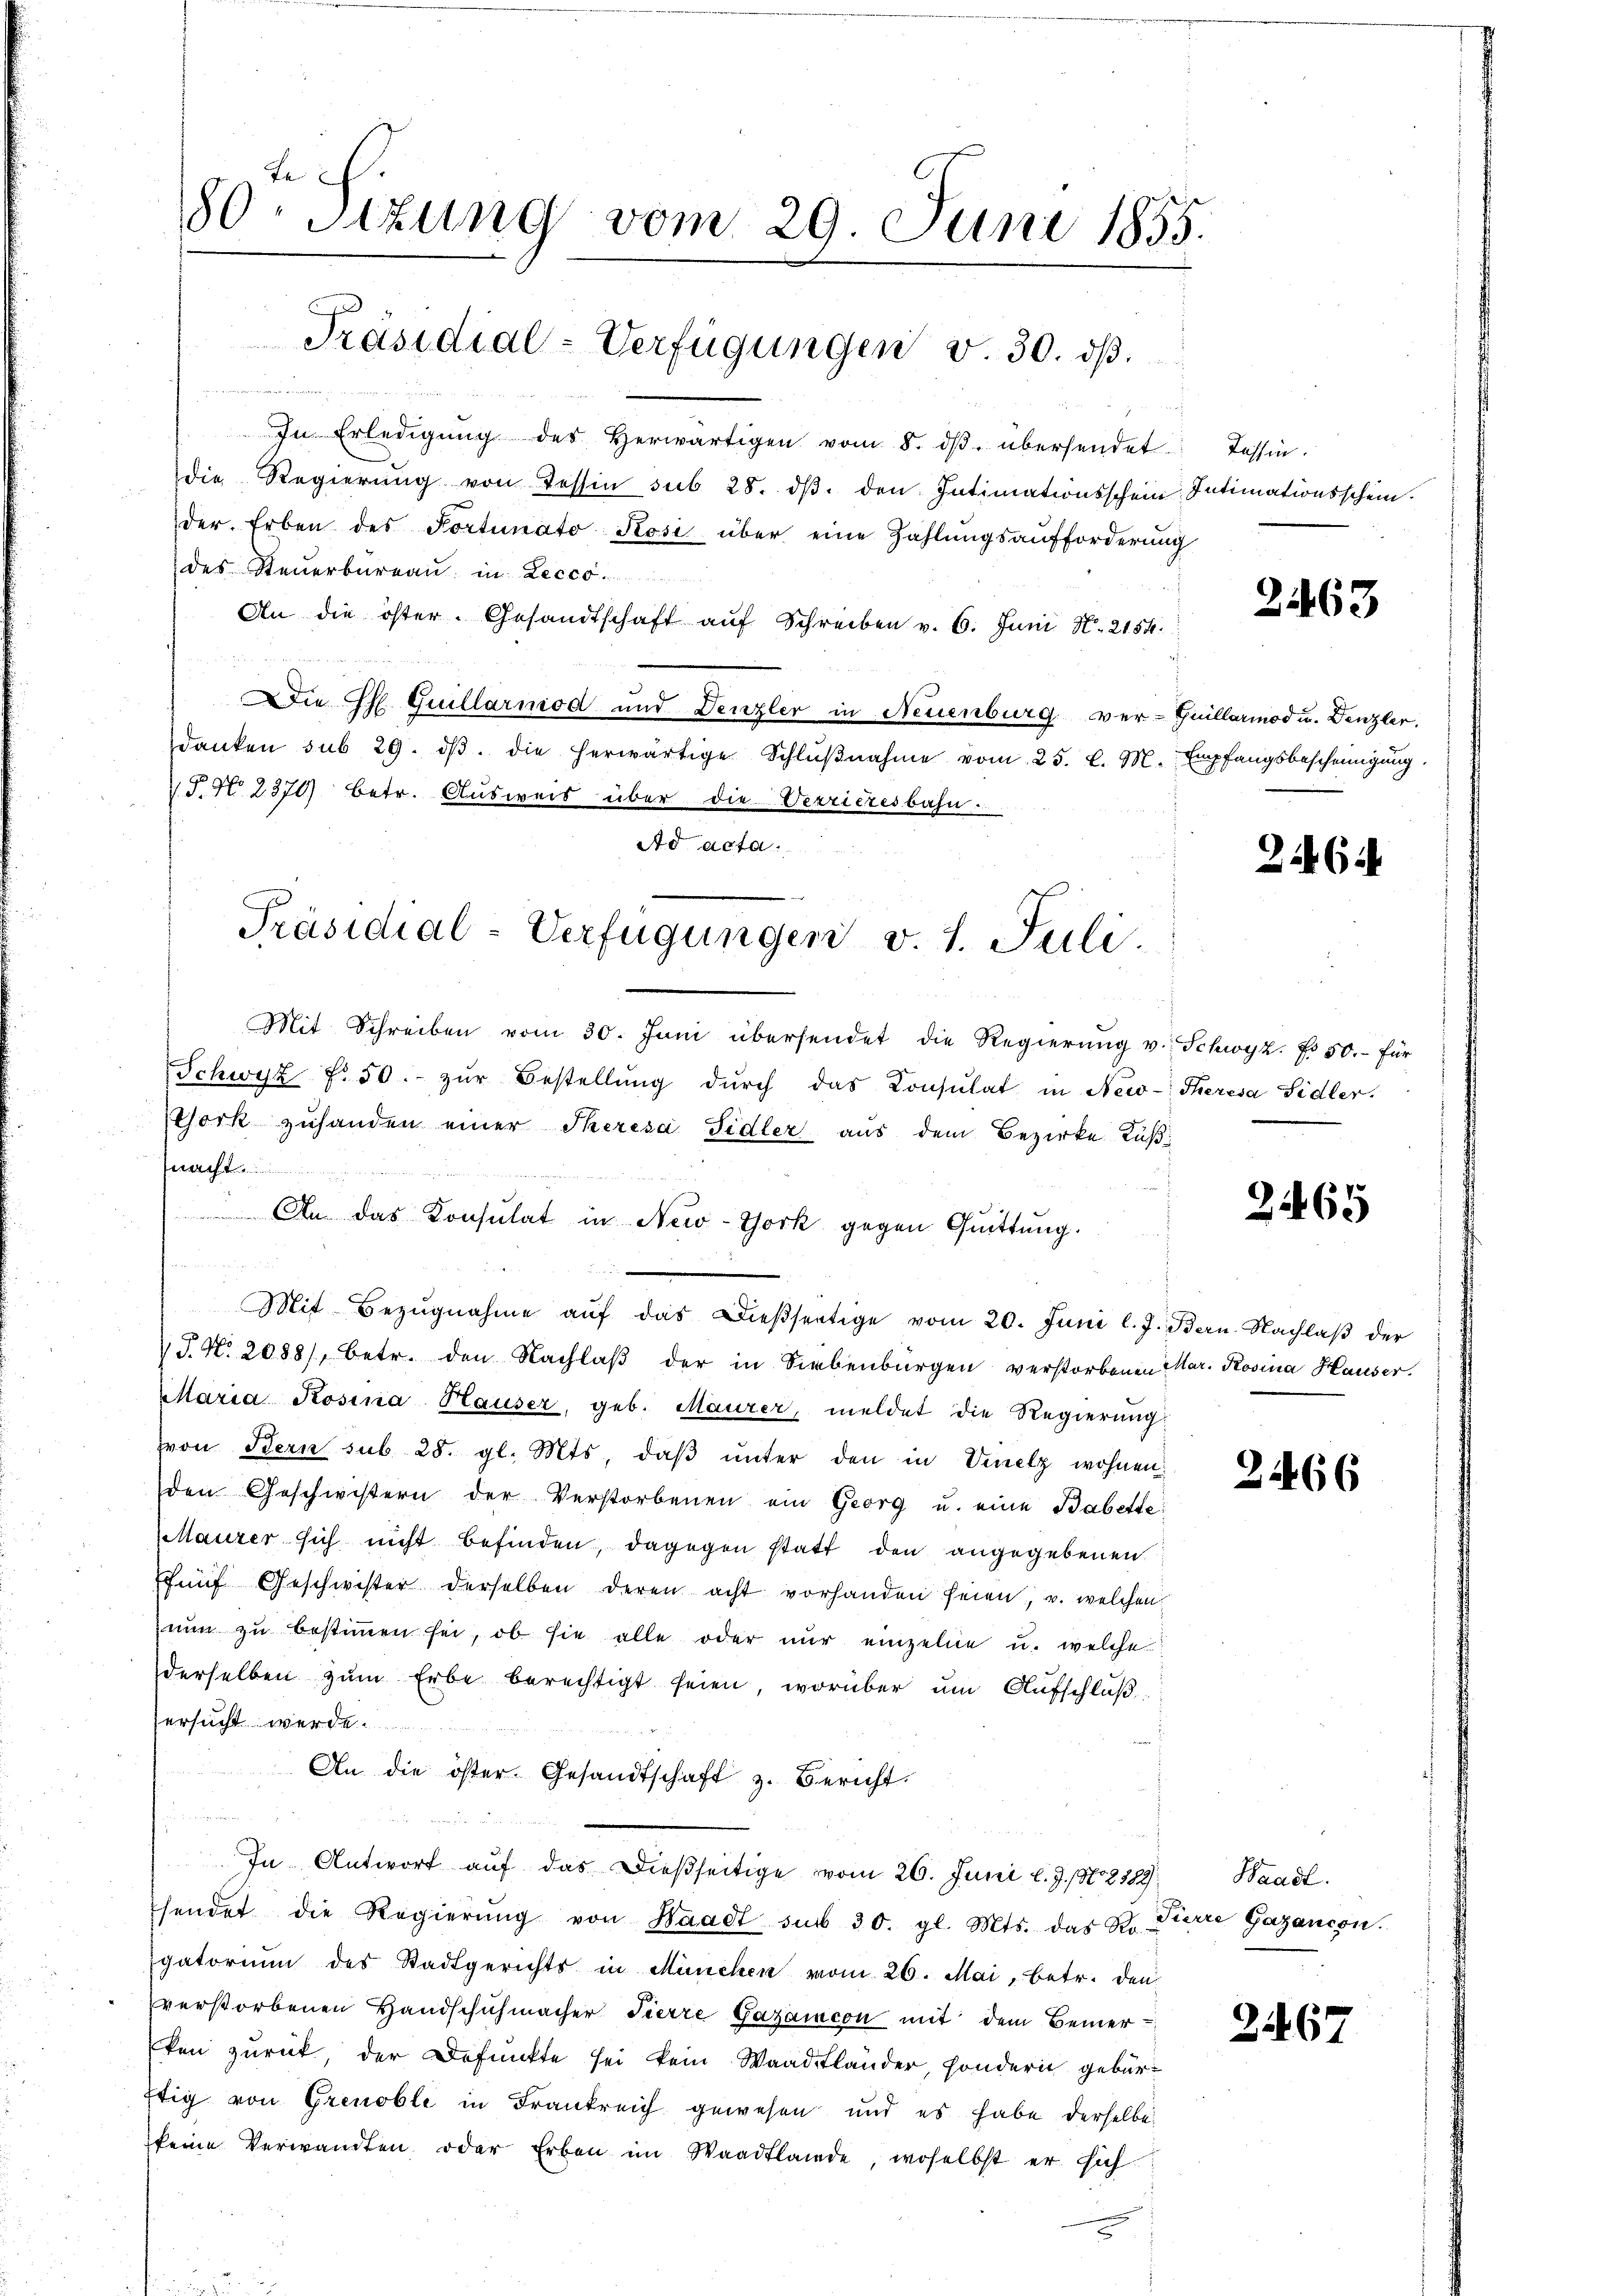
In Erledigŭng des herwärtigen vom 8. dβ übersendet.
die Regierŭng von Tessin sub 28. dβ. den Intimationsschein Intimationsschein.
der Erben des Portunato Rosi über eine Zahlŭngsaufforderung
des Steuerbureau in Lecco
An die öster. Gesandtschaft aŭf Schreiben v. 6. Juni N. 2154.
Die Thl. Quellarmod und Denzler in Neuenburg ver-Guillariod u. Denzler.
danken sub 29. dβ. die herwärtige Schlŭβnahme vom 25. d. M. Empfangsbescheinigung
S. N. 2370) betr. Ausweis über die Verrieresbahn.
Ad acta.

Te
80 Sizung vom 29. Juni 1855.

Präsidial-Verfügungen v. 30. dβ.

Präsidial-Verfügungen v. 1. Juli

Mit Schreiben vom 30. Juni übersendet die Regierŭng v.
Schwyz fr. 50. zŭr Bestellŭng dŭrch das Consulat in New-
Chork zuhanden einer Theresa Sidler aus dem Bezirke Küßh
An das Konsulat in New-York gegen Quittung.
Mit Bezŭgnahme aŭf das dießseitige vom 20. Juni l. J. Bern. Nachlaβ der
J. N. 2088), betr. den Nachlaβ der in Siebenbürgen verstorbenen Mar. Rosina Hauser.
Maria Rosina Hauser, geb. Maurer, meldet die Regierung
von Bern sub 28. gl. Mts. daβ ŭnter den in Venelz wohnen
den Geschwistern der Verstorbenen ein Georg u. eine Babette
Maurer sich nicht befinden, dagegen statt den angegebenen
ffünf Geschwister derselben deren acht vorhanden seien, u. welchen
nun zu bestimmen sei, ob sie alle oder nur einzelne u. welche
derselben zŭm Erbe berechtigt seien, worüber um Aufschluß
ersucht werde.
An die öster Gesandtschaft z. Bericht.
u
In Antwort aŭf das dießseitige vom 26. Juni l. J. No. 2389, Waadt
sendet die Regierŭng von Waadt sub 30. gl. Mts. das St. Pierre Gazancon.
gatorium des Stadtgerichts in München vom 26. Mai, betr. den
verstorbenen Handschuhmacher Fierze Gazaicon mit dem Bemerken zurück, der Defunkte sei kein Waadtländer, sondern gebürftig von Grenobli in Frankreich gewesen und es habe derselbe
keine Verwandten oder Erben im Waadtlande, woselbst er sich

Tessin.

2463

2464

Schwyz. Es 50.- für
Theresa Sidler.

2465

2466

2.467